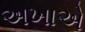
અખાએ